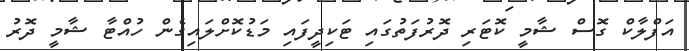
އަފްލާކް ގޮސް ޝާމީ ކޮޓަރި ދޮރުފަތުގައި ޓަކިދީފައި މަޑުކޮށްލައިގެން ހުއްޓާ ޝާމީ ދޮރު